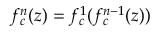
f _ { c } ^ { n } ( z ) = f _ { c } ^ { 1 } ( f _ { c } ^ { n - 1 } ( z ) )